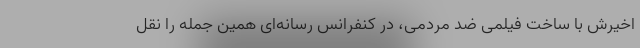
اخیرش با ساخت فیلمی ضد مردمی، در کنفرانس رسانه‌ای همین جمله را نقل